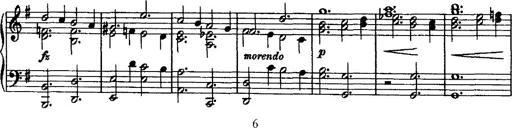
Title: Rondo di bravura
Composer: Franz Liszt